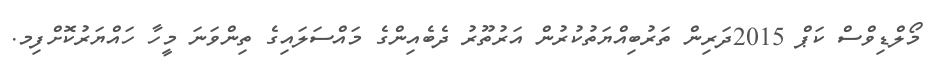
މޯލްޑިވްސް ކަޕް 2015ދަރިން ތަރުބިއްޔަތުކުރުން އަރުތޫރު ދެބެއިންގެ މައްސަލައިގެ ތިންވަނަ މީހާ ހައްޔަރުކޮށްފިމ.